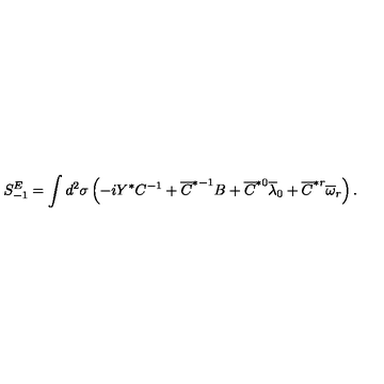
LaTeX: S _ { - 1 } ^ { E } = \int d ^ { 2 } \sigma \left( - i Y ^ { * } C ^ { - 1 } + \overline { { C } } ^ { * - 1 } B + \overline { { C } } ^ { * 0 } \overline { { \lambda } } _ { 0 } + \overline { { C } } ^ { * r } \overline { { \omega } } _ { r } \right) .